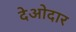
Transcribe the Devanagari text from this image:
देओदार